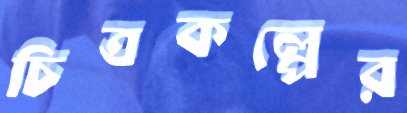
চিত্রকল্পের